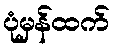
ပုံမှန်ထက်